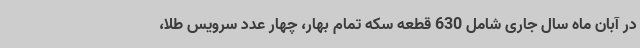
در آبان ماه سال جاری شامل 630 قطعه سکه تمام بهار، چهار عدد سرویس طلا،